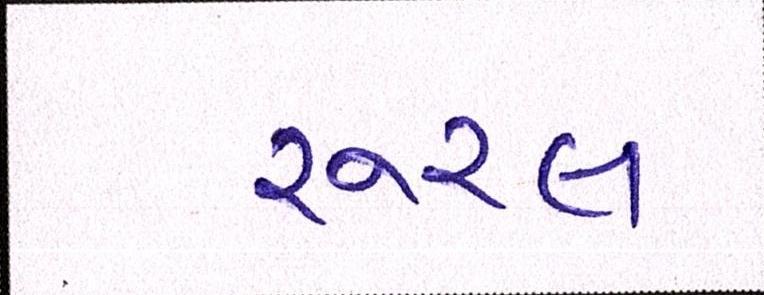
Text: રૂરલ